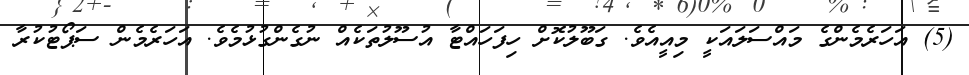
(5) އަހަރެމެންގެ މައްސަލައަކީ މިއީއެވެ. ގަބޫލުކޮށް ހިފަހައްޓާ އުސޫލުތަކެއް ނުގެންގުޅުމެވެ. އަހަރެމެން ސަޕޯޓުކުރާ